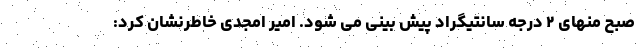
صبح منهای ۲ درجه سانتیگراد پیش بینی می شود. امیر امجدی خاطرنشان کرد: